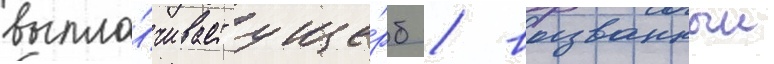
выпла́чивает уще́рб / вызванныи